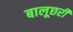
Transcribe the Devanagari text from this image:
बालूछरी